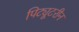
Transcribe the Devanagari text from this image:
पिट्यूटरीन